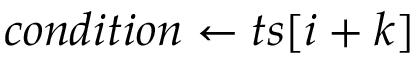
c o n d i t i o n \gets t s [ i + k ]